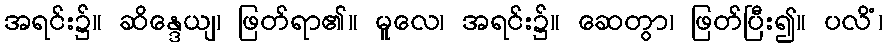
အရင်း၌။ ဆိန္ဒေယျ၊ ဖြတ်ရာ၏။ မူလေ၊ အရင်း၌။ ဆေတွာ၊ ဖြတ်ပြီး၍။ ပလိံ၊